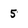
Character: 5